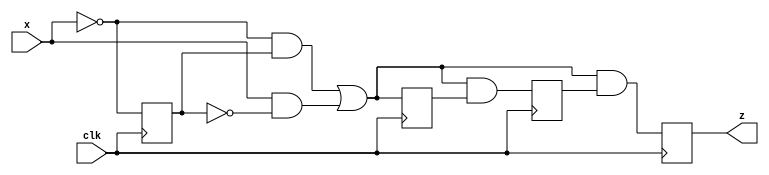
`timescale 1ns / 1ps

module FSM2(

    input clk,
    input x,
    output reg z

    );

// Figure 1 next state things  
wire Q1_f1,Q0_f1;
reg q1_f1=1; 
reg q0_f1=0; 
// Figure 2 next state things
wire Q_f2,a;
reg q_f2=1;

// Figure 1
assign Q1_f1 = a & q0_f1;
assign Q0_f1= a;
assign zn = a&q1_f1;
// Figure 2
assign a = (!x & q_f2) | (x & !q_f2);
assign Q_f2 = !x;

always @(posedge clk) begin
q_f2 <= Q_f2;
q1_f1 <= Q1_f1;
q0_f1 <= Q0_f1;
z <= zn;
end
endmodule